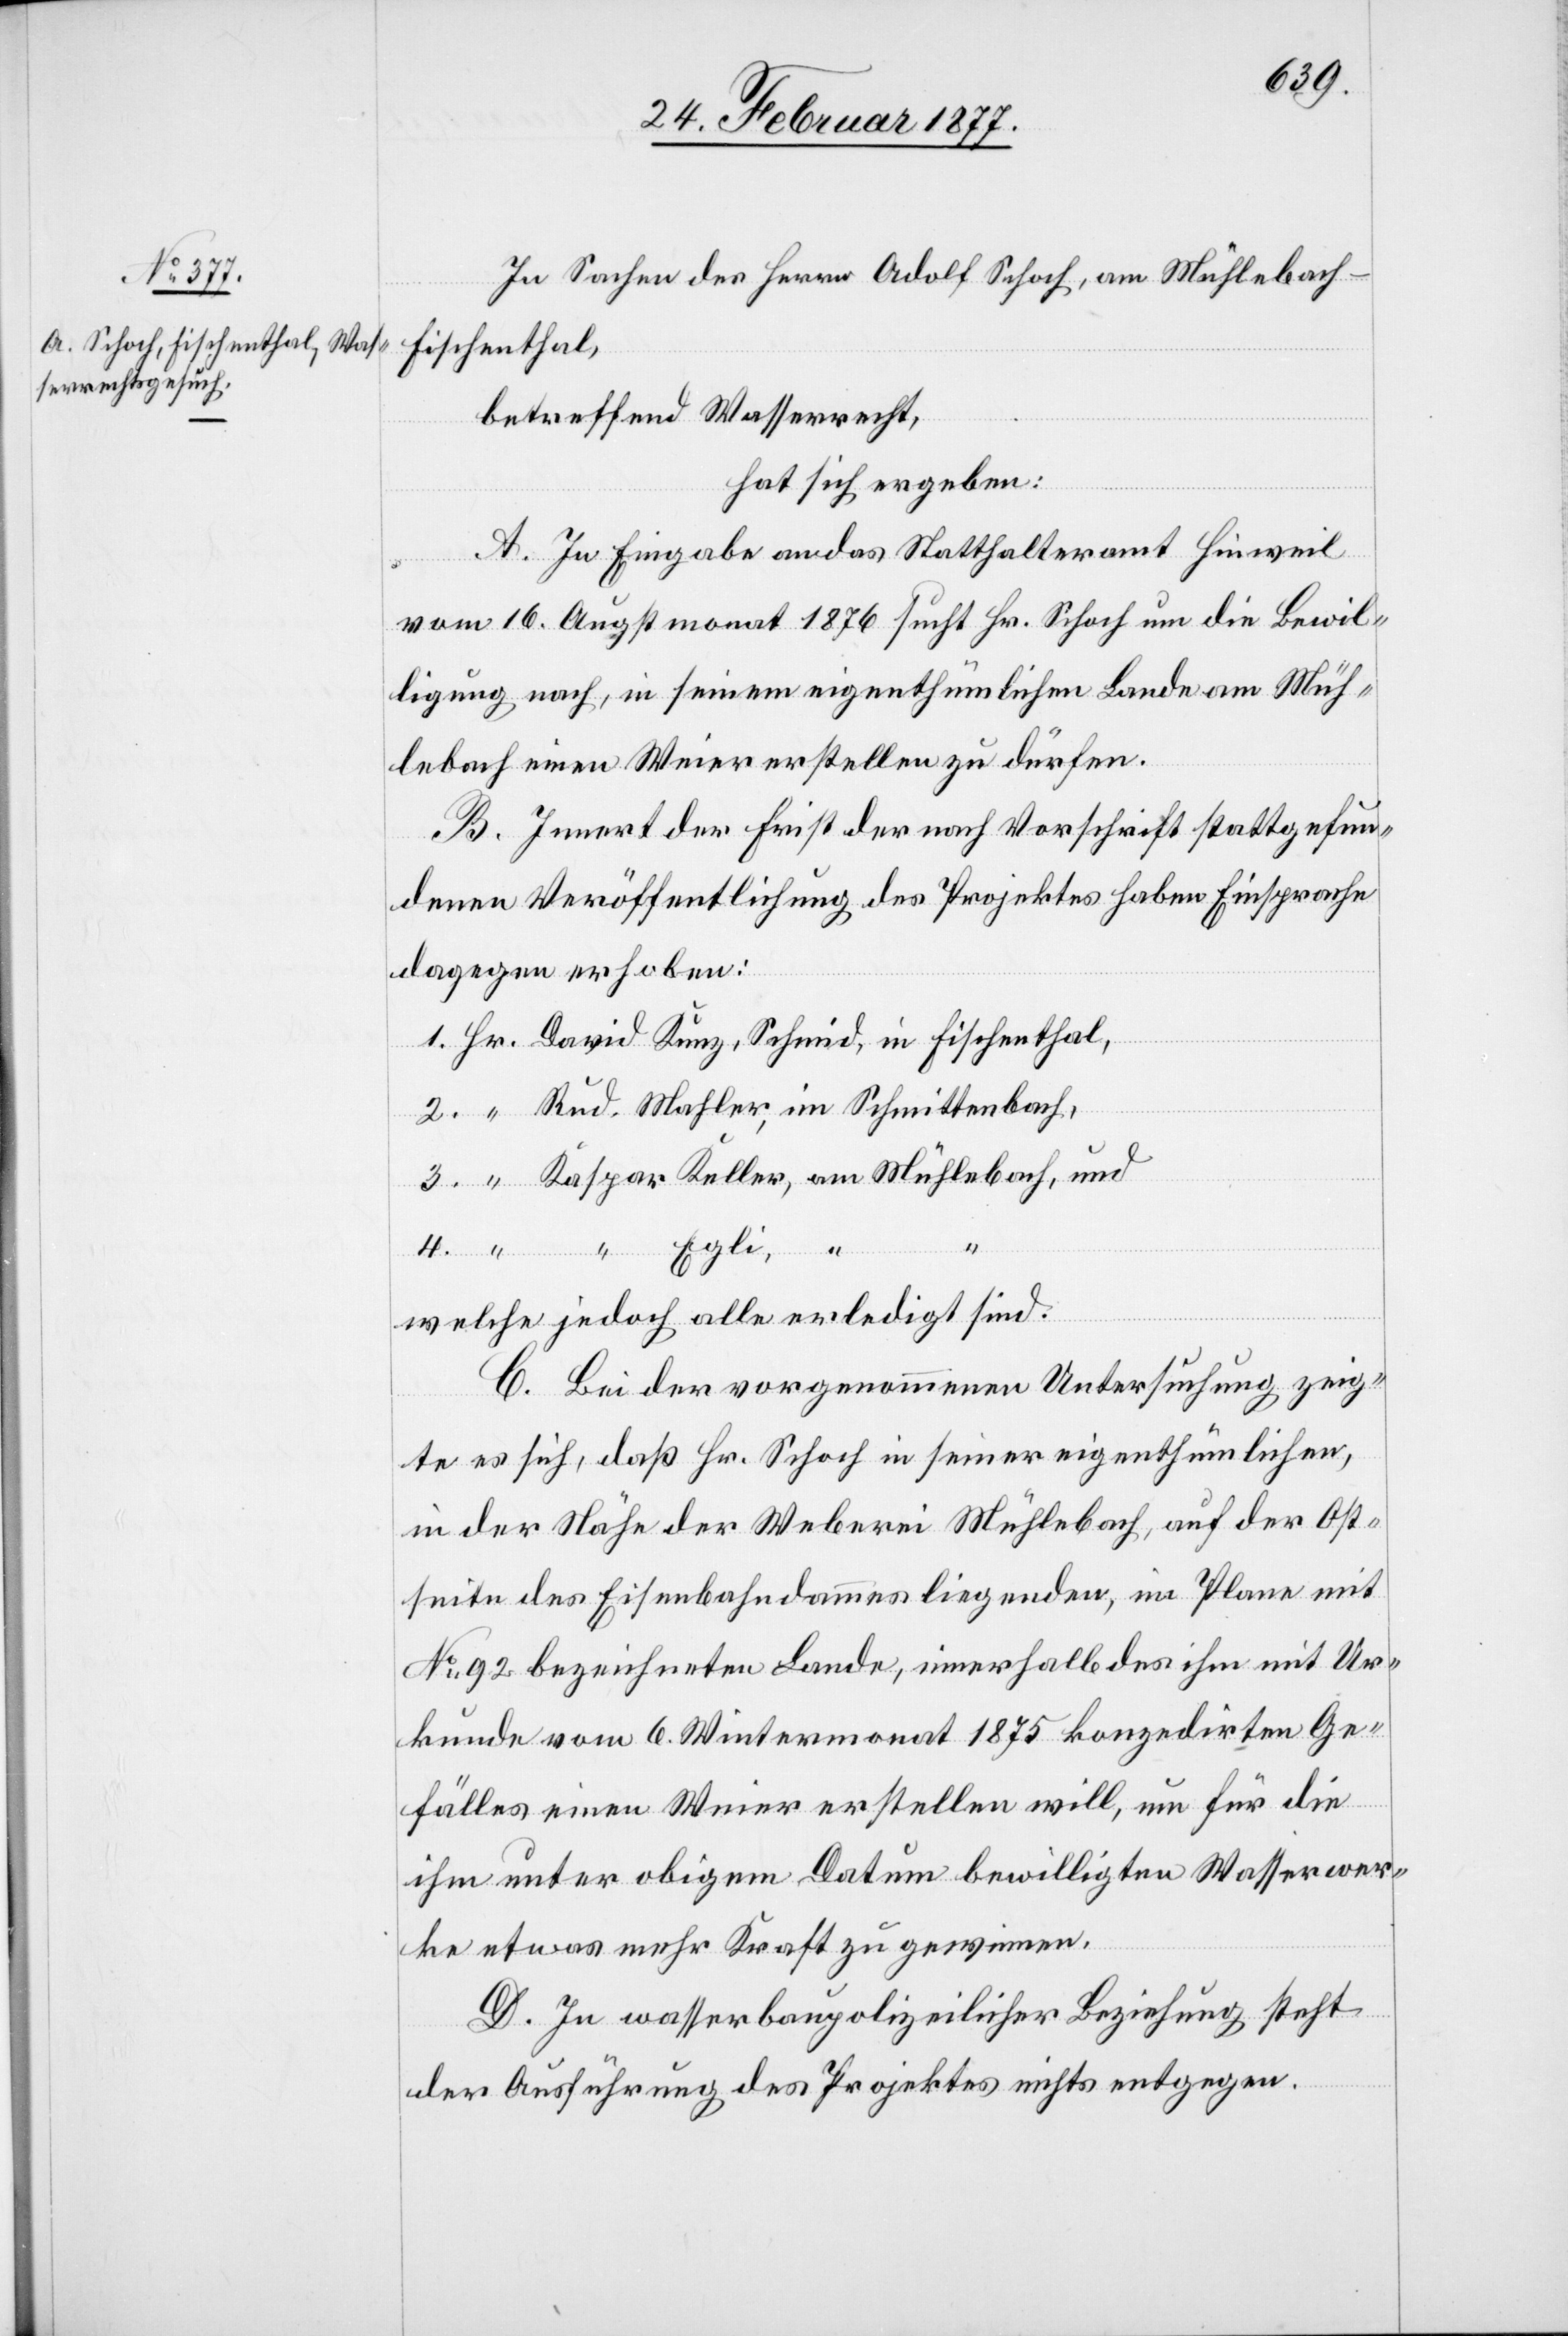
In Sachen des Herrn Adolf Schoch, am Mühlebach
Fischenthal,
betreffend Wasserrecht,
hat sich ergeben:
A. In Eingabe an das Statthalteramt Hinweil
vom 16. Augstmonat 1876 sucht Hr. Schoch um die Bewil¬
ligung nach, in seinem eigenthümlichen Lande am Müh¬
lebach einen Weier erstellen zu dürfen.
B. Innert der Frist der nach Vorschrift stattgefun¬
denen Veröffentlichung des Projektes haben Einsprache
dagegen erhoben:
1. Hr. David Kunz, Schmid, in Fischenthal,
2. “ Rud. Mahler, in Schmittenbach,
3. “ Kaspar Keller, am Mühlebach, und
4.
“ “
Egli, “
welche jedoch alle erledigt sind.
C. Bei der vorgenommenen Untersuchung zeig¬
te es sich, daß Hr. Schoch in seiner eigenthümlichen,
in der Nähe der Weberei Mühlebach, auf der Ost¬
seite des Eisenbahndammes liegenden, im Plane mit
No 92 bezeichneten Lande, innerhalb des ihm mit Ur¬
kunde vom 6. Wintermonat 1875 konzedirten Ge¬
fälles einen Weier erstellen will, um für die
ihm unter obigem Datum bewilligten Wasserwer¬
ke etwas mehr Kraft zu gewinnen.
D. In wasserbaupolizeilicher Beziehung steht
der Ausführung des Projektes nichts entgegen.